Black-water fever - Number 35
Disease focus: Fever
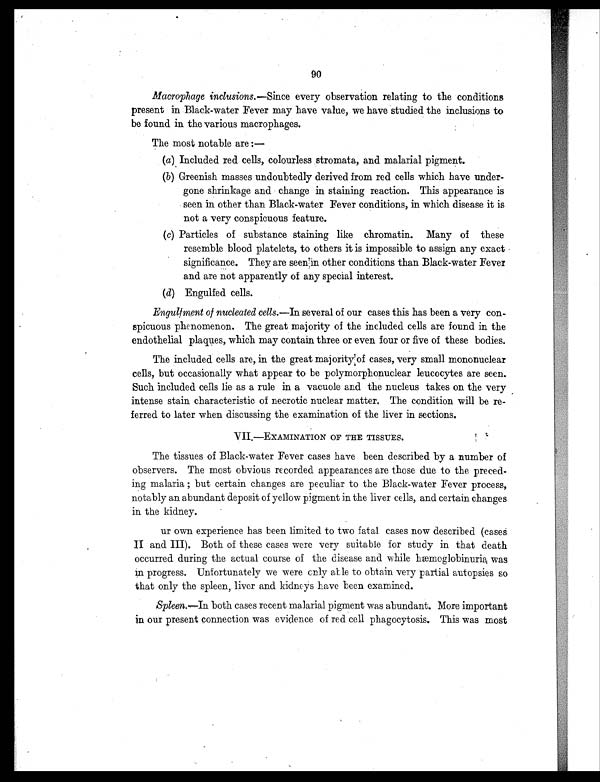
90
Macrophage inclusions. —Since every observation relating to the conditions
present in Black-water Fever may have value, we have studied the inclusions to
be found in the various macrophages.
The most notable are :
—
(a) Included red cells, colourless stromata, and malarial pigment.
(b) Greenish masses undoubtedly derived from red cells which have under-
gone shrinkage and change in staining reaction. This appearance is
seen in other than Black-water Fever conditions, in which disease it is
not a very conspicuous feature.
(c) Particles of substance staining like chromatin. Many of these
resemble blood platelets, to others it is impossible to assign any exact
significance. They are seen in other conditions than Black-water Fever
and are not apparently of any special interest.
(d)
Engulfed cells.
Engulfment of nucleated cells. —In several of our cases this has been a very con-
spicuous phenomenon. The great majority of the included cells are found in the
endothelial plaques, which may contain three or even four or five of these bodies.
The included cells are, in the great majority of cases, very small mononuclear
cells, but occasionally what appear to be polymorphonuclear leucocytes are seen.
Such included cells lie as a rule in a vacuole and the nucleus takes on the very
intense stain characteristic of necrotic nuclear matter. The condition will be re-
ferred to later when discussing the examination of the liver in sections.
VII.—EXAMINATION OF THE TISSUES.
The tissues of Black-water Fever cases have been described by a number of
observers. The most obvious recorded appearances are those due to the preced-
i ng mal ar i a; but cer t ai n changes ar e pecul i ar t o t he Bl ack- wat er Fever pr oces s ,
notably an abundant deposit of yellow pigment in the liver cells, and certain changes
in the kidney.
ur own experience has been limited to two fatal cases now described (cases
I I a n d I I I ) . B o t h o f t h e s e c a s e s w e r e v e r y s u i t a b l e f o r s t u d y i n t h a t d e a t h
occurred during the actual course of the disease and while hæmoglobinuria was
in progress. Unfortunately we were only able to obtain very partial autopsies so
that only the spleen, liver and kidneys have been examined.
Spleen. —In both cases recent malarial pigment was abundant. More important
in our present connection was evidence of red cell phagocytosis. This was most